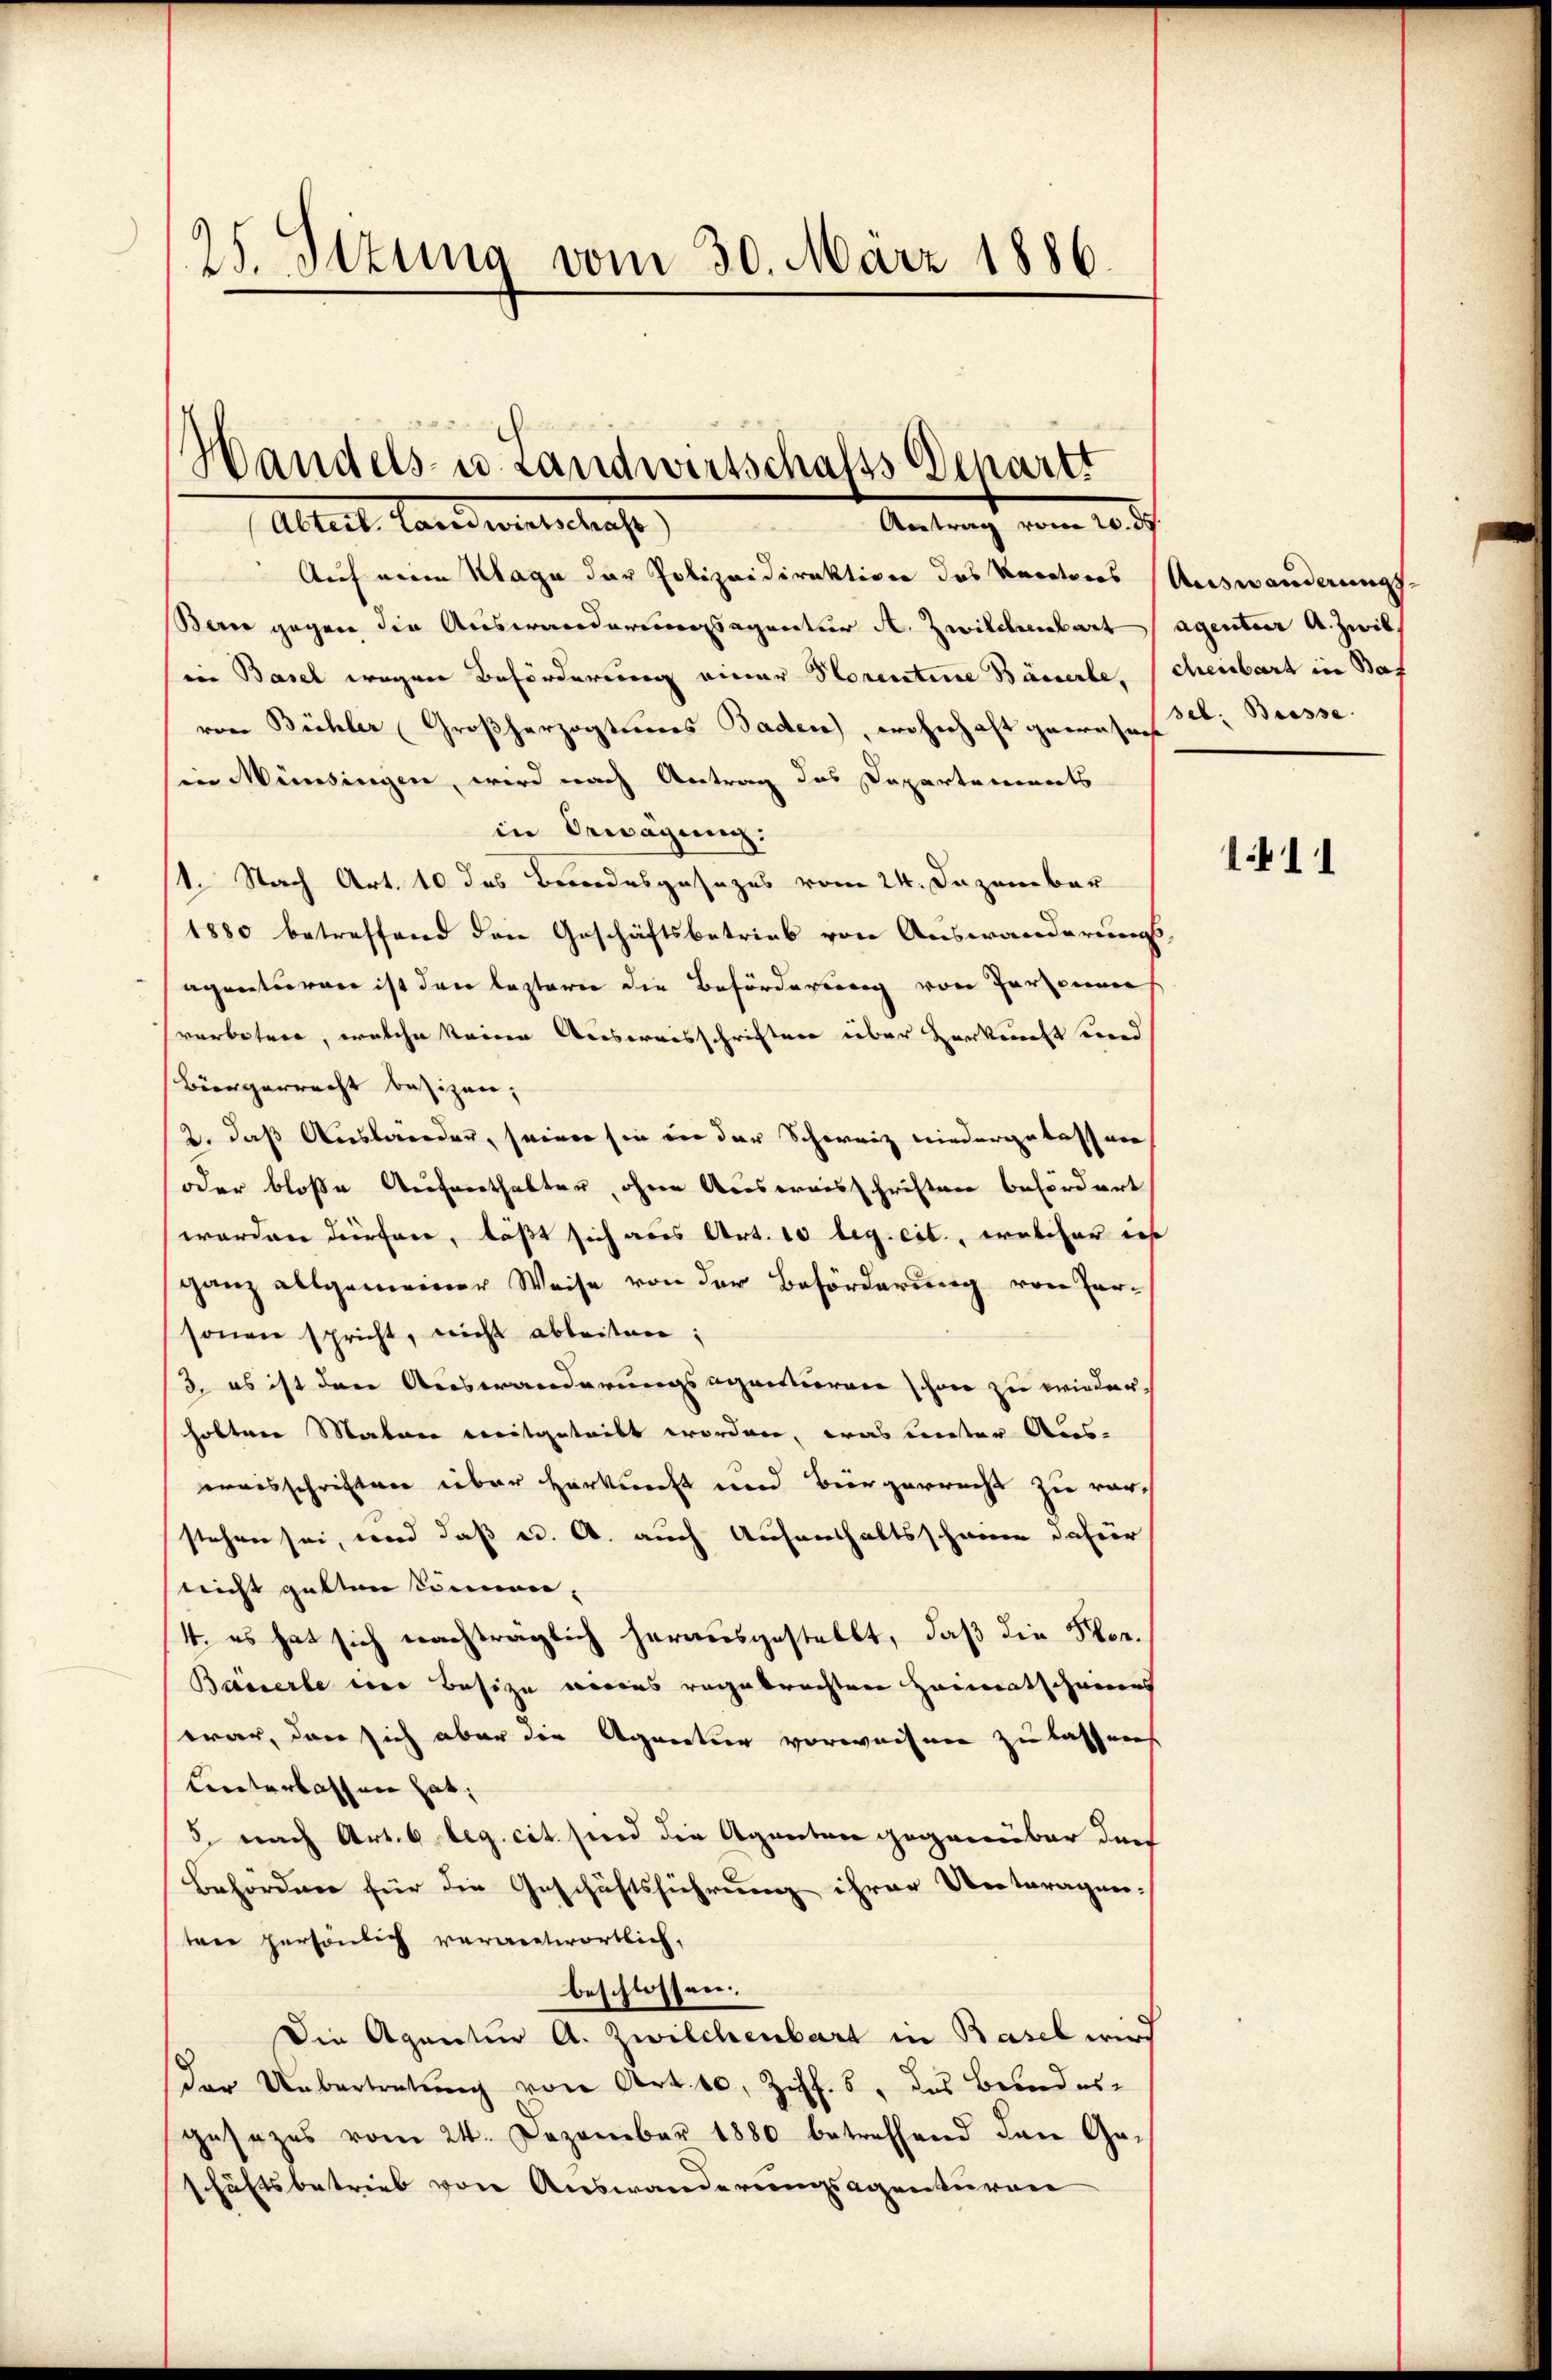
25. Stuna vom 30. März 1886

Auf eine Klage der Polizeidirektiven das Rectores Auswanderungs-
Bern gegen die Auswanderungsagentur A. Zwilchenbart (agentier A. Zwil
in Basel wegen Beförderung einer Storentine Bässerle, scheinbart in Baf
von Bühler Großherzogtumes Baden), wohnhaft gewesen 3: Bresse.
hin Münsingen, wird nach Antrag das Departements
in Bewägung:
1. Nach Art. 10 das Brodesgesezes vom 24. Dezember
1880 betreffend den Geschäftsbetrieb von Auswanderungs-
agenturare ist den lasterer die Beförderung von Personner
verbetene, welche keine Ausweisschriften über Herkunft und
Bürgerrecht besizen,
2. daß Auslanden, seiner sie in der Schweiz niedergelassen
oder bloße Aufenthalter, ohne Ausweisschriften befördert
worden dürfen, läßt sich aus Art. 10 leg. cit., welcher ins
ganz allgemeiner Weise von der Beförderung von Par-
sonen spricht, nicht ableiten;
3. es ist den Auswanderungsagantieren schon zu wieder
holten Mater weitgetribt worden, was unter Aus-
waisschriften über Herkunft und Bürgerrecht zu vorstehen sei, und daß a. A. auch Aufenthaltsscheine dahier
nicht gelten können,
4. es hat sich nachträglich herausgestellt, daß die For¬
Basserte eine Besize voraus angebrachten Heimatscheines
war, den sich aber die Agnectier vorweisen zu lassens
Lnterlassen hat,
5. nach Art. 6 leg. cit. sind die Agenten gegenüber dur
Behörden für die Geschäftsführung ihrer Untragen-
tene persönlich verantwortlich,
beschlossen.
Die Agentur A. Zwilchenbart in Basel wird
der Uebertretŭng von Art. 10. Ziff. 5, das Brandes-
gesezes vom 24. Dezember 1880 betreffend den Ge-
schäftsbetrieb von Auswanderungsagenturen

Handels- u. Landwirtschalss Schartt
Antrag vom 10.
Altert, Landeutschaf

1411